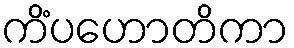
ကိံပဟောတိကာ